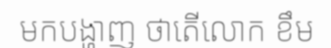
មកបង្ហាញ ថាតើលោក ខឹម